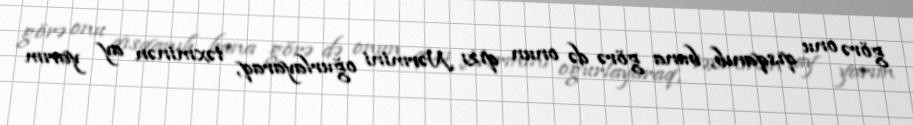
görə onu qısqanıb, buna görə də onun qızı Nərmini oğurlayaraq, təxminən ay yarım